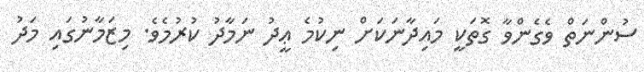
ސުންނަތް ވެގެންވާ ގޮތަކީ މައިދާނަކަށް ނިކުމެ ޢީދު ނަމާދު ކުރުމެވެ. މިޒަމާނުގައި މަދު